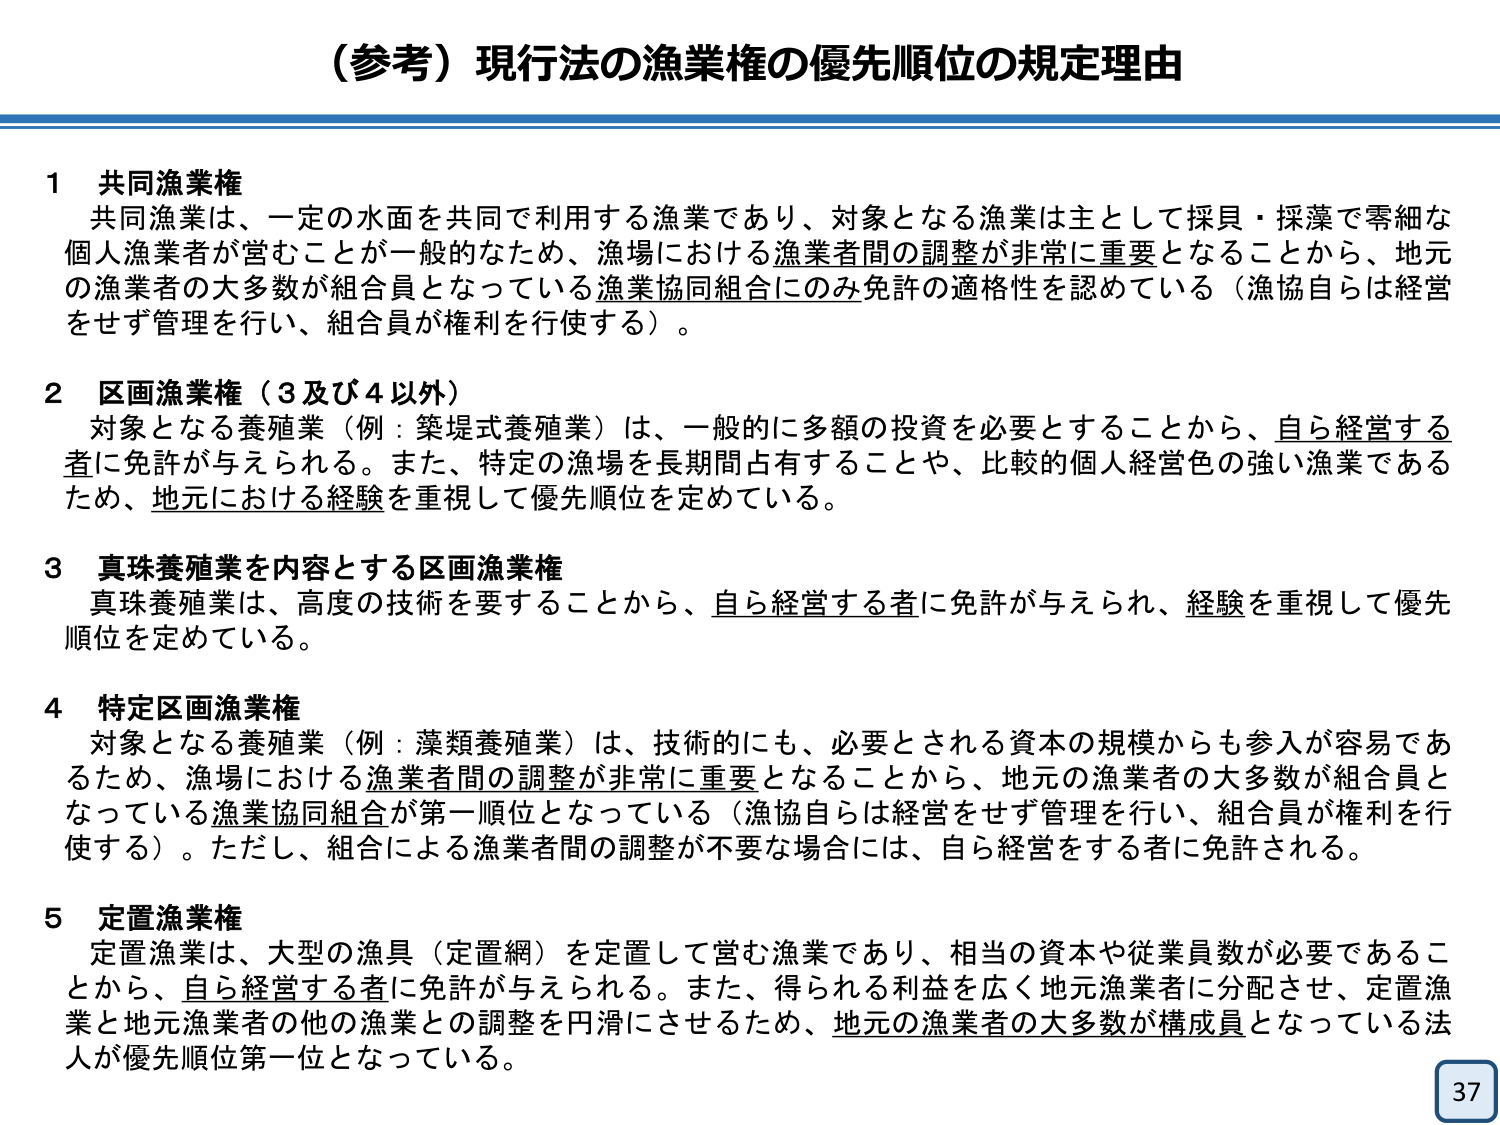
（参考）現行法の漁業権の優先順位の規定理由

1 共同漁業権
共同漁業は、一定の水面を共同で利用する漁業であり、対象となる漁業は主として採貝・採藻で零細な個人漁業者が営むことが一般的なため、漁場における漁業者間の調整が非常に重要となることから、地元の漁業者の大多数が組合員となっている漁業協同組合にのみ免許の適格性を認めている（漁協自らは経営をせず管理を行い、組合員が権利を行使する）。

2 区画漁業権（3及び4以外）
対象となる養殖業（例：築堤式養殖業）は、一般的に多額の投資を必要とすることから、自ら経営する者に免許が与えられる。また、特定の漁場を長期間占有することや、比較的個人経営色の強い漁業であるため、地元における経験を重視して優先順位を定めている。

3 真珠養殖業を内容とする区画漁業権
真珠養殖業は、高度の技術を要することから、自ら経営する者に免許が与えられ、経験を重視して優先順位を定めている。

4 特定区画漁業権
対象となる養殖業（例：藻類養殖業）は、技術的にも、必要とされる資本の規模からも参入が容易であるため、漁場における漁業者間の調整が非常に重要となることから、地元の漁業者の大多数が組合員となっている漁業協同組合が第一順位となっている（漁協自らは経営をせず管理を行い、組合員が権利を行使する）。ただし、組合による漁業者間の調整が不要な場合には、自ら経営をする者に免許される。

5 定置漁業権
定置漁業は、大型の漁具（定置網）を定置して営む漁業であり、相当の資本や従業員数が必要であることから、自ら経営する者に免許が与えられる。また、得られる利益を広く地元漁業者に分配させ、定置漁業と地元漁業者の他の漁業との調整を円滑にさせるため、地元の漁業者の大多数が構成員となっている法人が優先順位第一位となっている。

37